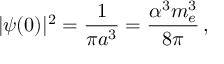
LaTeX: | \psi ( 0 ) | ^ { 2 } = { \frac { 1 } { \pi a ^ { 3 } } } = { \frac { \alpha ^ { 3 } m _ { e } ^ { 3 } } { 8 \pi } } \, ,